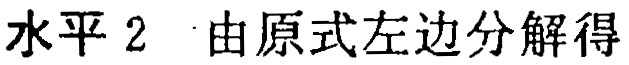
水平 2 由原式左边分解得